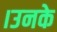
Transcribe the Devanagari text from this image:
।उनके